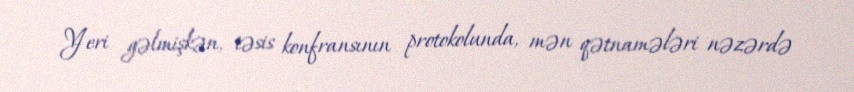
Yeri gəlmişkən, təsis konfransının protokolunda, mən qətnamələri nəzərdə